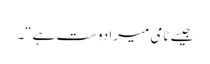
جیسے ٹامی میرا دوست ہے“۔